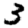
Digit: 3